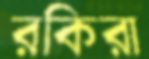
রকিরা